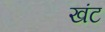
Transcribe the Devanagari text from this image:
खंट